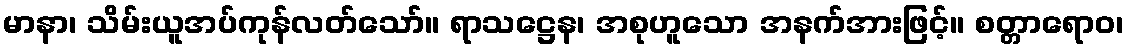
မာနာ၊ သိမ်းယူအပ်ကုန်လတ်သော်။ ရာသဋ္ဌေန၊ အစုဟူသော အနက်အားဖြင့်။ စတ္တာရောဝ၊